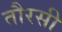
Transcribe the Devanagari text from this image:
तौरसी